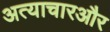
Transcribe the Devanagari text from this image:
अत्याचारऔर